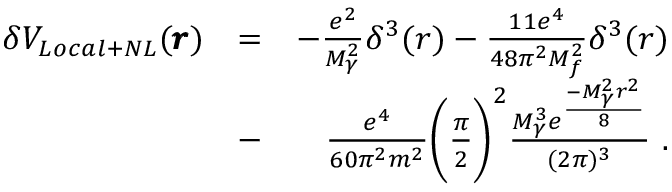
\begin{array} { r l r } { \delta V _ { L o c a l + N L } ( \pmb { r } ) } & { = } & { - \frac { e ^ { 2 } } { M _ { \gamma } ^ { 2 } } \delta ^ { 3 } ( r ) - \frac { 1 1 e ^ { 4 } } { 4 8 \pi ^ { 2 } M _ { f } ^ { 2 } } \delta ^ { 3 } ( r ) } \\ & { - } & { \frac { e ^ { 4 } } { 6 0 \pi ^ { 2 } m ^ { 2 } } \biggl ( \frac { \pi } { 2 } \biggr ) ^ { 2 } \frac { M _ { \gamma } ^ { 3 } e ^ { \frac { - M _ { \gamma } ^ { 2 } r ^ { 2 } } { 8 } } } { ( 2 \pi ) ^ { 3 } } \ . } \end{array}